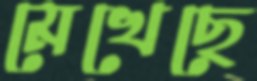
মেখেছে